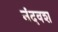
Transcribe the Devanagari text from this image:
नंदवश